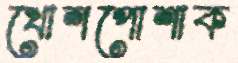
খোশপোশাক